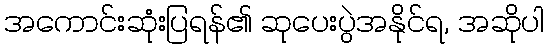
အကောင်းဆုံးပြရန်၏ ဆုပေးပွဲအနိုင်ရ, အဆိုပါ